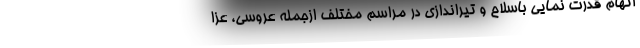
اتهام قدرت نمایی باسلاح و تیراندازی در مراسم مختلف ازجمله عروسی، عزا